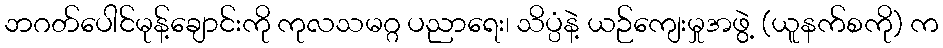
ဘဂတ်ပေါင်မုန့်ချောင်းကို ကုလသမဂ္ဂ ပညာရေး၊ သိပ္ပံနဲ့ ယဉ်ကျေးမှုအဖွဲ့ (ယူနက်စကို) က